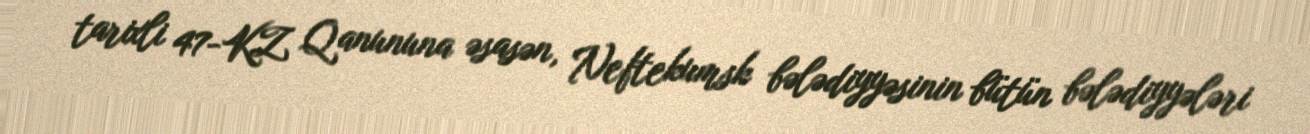
tarixli 47-KZ Qanununa əsasən, Neftekumsk bələdiyyəsinin bütün bələdiyyələri